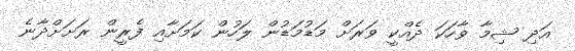
އަދި ޝިމާ ވާހަކަ ދެއްކީ ވަރަށް މަޑުމަޑުން ލަހުން ކަމަށާއި ފެރީން ރަށަށްދާނެ